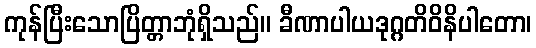
ကုန်ပြီးသောပြိတ္တာဘုံရှိသည်။ ခီဏာပါယဒုဂ္ဂတိဝိနိပါတော၊